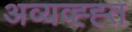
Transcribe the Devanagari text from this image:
अव्यव्ह्ह्त